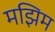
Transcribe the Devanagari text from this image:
मझिम